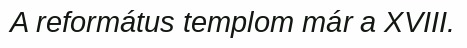
A református templom már a XVIII.